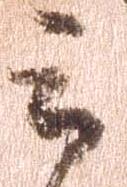
言